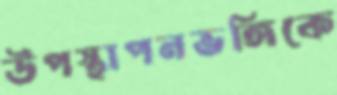
উপস্থাপনভঙ্গিকে